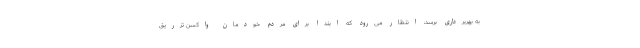
به بهربرداری برسد، انتظار می‌رود که ابتدا برای مردم خودمان واکسن تزریق